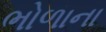
ભોળાના